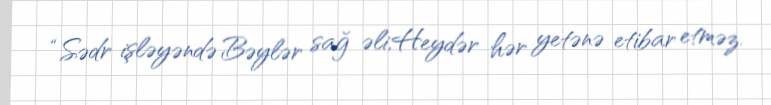
“Sədr işləyəndə Bəylər sağ əli,Heydər hər yetənə etibar etməz.